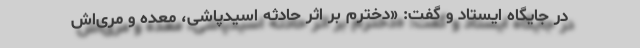
در جایگاه ایستاد و گفت: «دخترم بر اثر حادثه اسیدپاشی، معده و مری‌اش